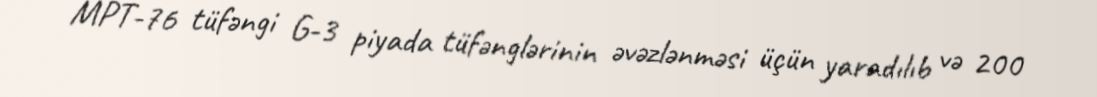
MPT-76 tüfəngi G-3 piyada tüfənglərinin əvəzlənməsi üçün yaradılıb və 200